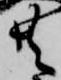
共